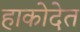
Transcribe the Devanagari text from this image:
हाकोदेत